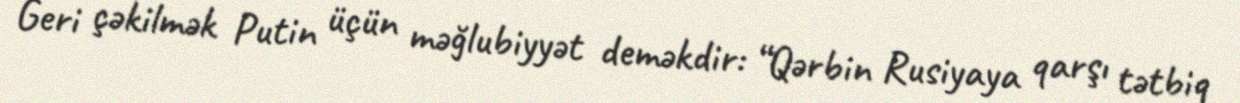
Geri çəkilmək Putin üçün məğlubiyyət deməkdir: “Qərbin Rusiyaya qarşı tətbiq